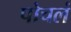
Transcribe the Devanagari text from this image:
पोचलं